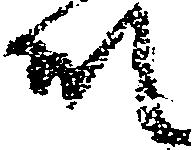
殿